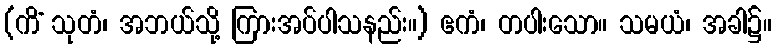
(ကိံ သုတံ၊ အဘယ်သို့ ကြားအပ်ပါသနည်း။) ဧကံ၊ တပါးသော။ သမယံ၊ အခါ၌။